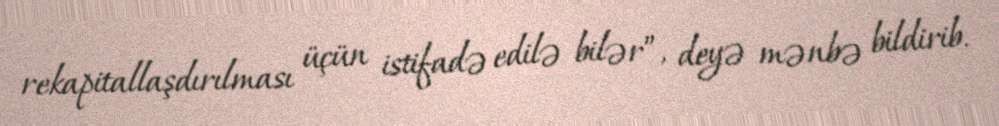
rekapitallaşdırılması üçün istifadə edilə bilər”, deyə mənbə bildirib.